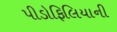
પીડોફિલિયાની